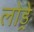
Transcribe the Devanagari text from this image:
लोड्रे